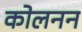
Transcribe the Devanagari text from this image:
कोलनन